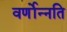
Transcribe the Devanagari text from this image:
वर्णोन्नति